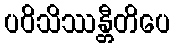
ပဝိသိဿန္တီတိပေ